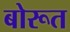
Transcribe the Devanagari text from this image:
बोरूत